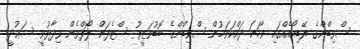
ސްވިޑްންގެ ރޭޑިއޯއެއްގައި ވާހަކަ ދައްކަވަމުން ސްވިޑްންގެ ބޮޑުވަޒީރު ސްޓެފަން ލޯފްވެން ވިދާޅުވީ ސަޢުދީ